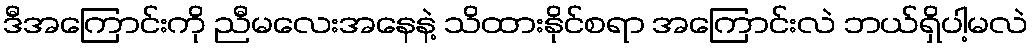
ဒီအကြောင်းကို ညီမလေးအနေနဲ့ သိထားနိုင်စရာ အကြောင်းလဲ ဘယ်ရှိပါ့မလဲ